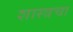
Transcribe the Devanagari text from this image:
शास्त्रचा